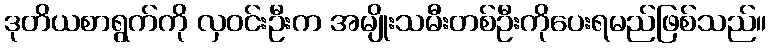
ဒုတိယစာရွက်ကို လှဝင်းဦးက အမျိုးသမီးတစ်ဦးကိုပေးရမည်ဖြစ်သည်။